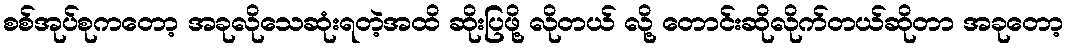
စစ်အုပ်စုကတော့ အခုလိုသေဆုံးရတဲ့အထိ ဆိုးပြဖို့ လိုတယ် လို့ တောင်းဆိုလိုက်တယ်ဆိုတာ အခုတော့